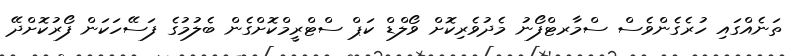
ތަނެއްގައި ހުރެގެންވެސް ސްމާރޓްފޯނު މެދުވެރިކޮށް ވޯލްޑް ކަޕް ސްޓްރީމްކޮށްގެން ބެލުމުގެ ފަސޭހަކަން ފޯރުކޮށްދޭ